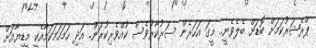
ޕްރެޝަރުކަމަށް ބޮޑަށް ބެލެވެނީ.. މީގަ އަހަރެން ސަރުކާރުވެސް ކުއްވެރިކުރަން.. އަދި ހަމަހަމަކަމާއެކީ މީޑިޔާއަށް